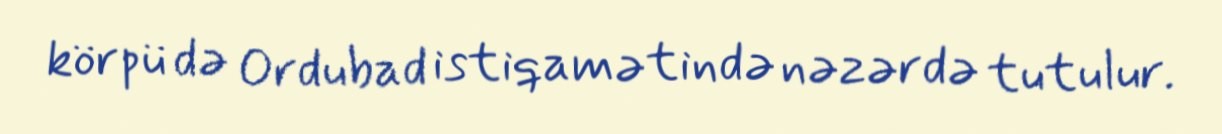
körpü də Ordubad istiqamətində nəzərdə tutulur.